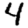
Digit: 4